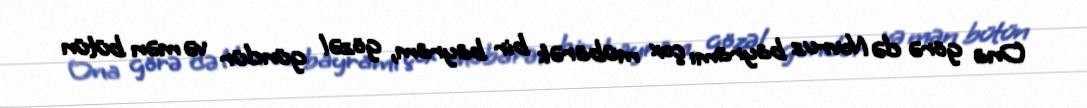
Ona görə də Novruz bayramı çox mübarək bir bayram, gözəl gündür və mən bütün